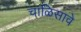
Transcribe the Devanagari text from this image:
चाळिसावे